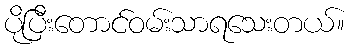
ပိုပြီးတောင်ဝမ်းသာရသေးတယ်။